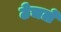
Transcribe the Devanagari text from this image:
ठेचलें